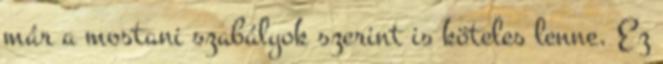
már a mostani szabályok szerint is köteles lenne. Ez